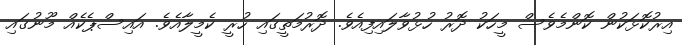
އިރުކޮޅަކުން ކޮންމެވެސް މީހަކު ދޮރު ހުޅުވާލައިފިއެވެ. ދޮރުމަތީގައި ހުރީ ކެމީލާއެވެ. އައިސްޕެކެއް މޫނުގައި